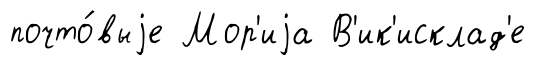
почто́выjе Мор'иjа В'ик'исклад'е